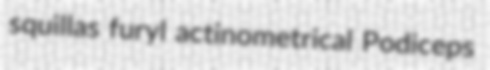
squillas furyl actinometrical Podiceps